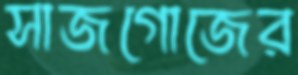
সাজগোজের